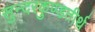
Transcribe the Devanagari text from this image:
सुन्दरकुण्डतीर्थ